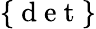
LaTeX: \{ \mathrm{~d~e~t~}\}